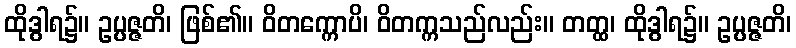
ထိုဒွါရ၌။ ဥပ္ပဇ္ဇတိ၊ ဖြစ်၏။ ဝိတက္ကောပိ၊ ဝိတက္ကသည်လည်း။ တတ္ထ၊ ထိုဒွါရ၌။ ဥပ္ပဇ္ဇတိ၊